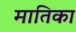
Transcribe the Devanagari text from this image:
मातिका